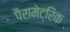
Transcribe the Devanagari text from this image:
पैरामेट्रिक